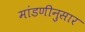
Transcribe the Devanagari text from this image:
मांडणीनुसार